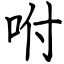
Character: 咐